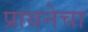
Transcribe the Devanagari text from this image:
प्राथनेचा